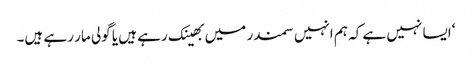
‘ایسا نہیں ہے کہ ہم انہیں سمندر میں بھینک رہے ہیں یا گولی مار رہے ہیں۔